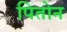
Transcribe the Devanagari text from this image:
पितोन